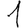
Digit: 1